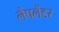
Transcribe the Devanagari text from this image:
लैपलैंडर